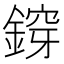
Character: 𨩴